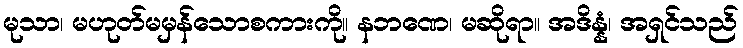
မုသာ၊ မဟုတ်မမှန်သောစကားကို။ နဘဏေ၊ မဆိုရာ။ အဒိန္နံ၊ အရှင်သည်